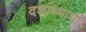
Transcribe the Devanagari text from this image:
दशाध्यायी